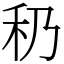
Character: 䄧